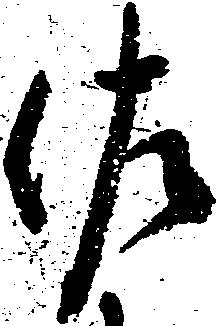
佐